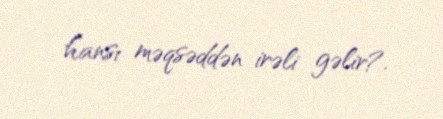
hansı məqsəddən irəli gəlir?.